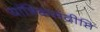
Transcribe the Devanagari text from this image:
यांत्रिकसंदीप्ति